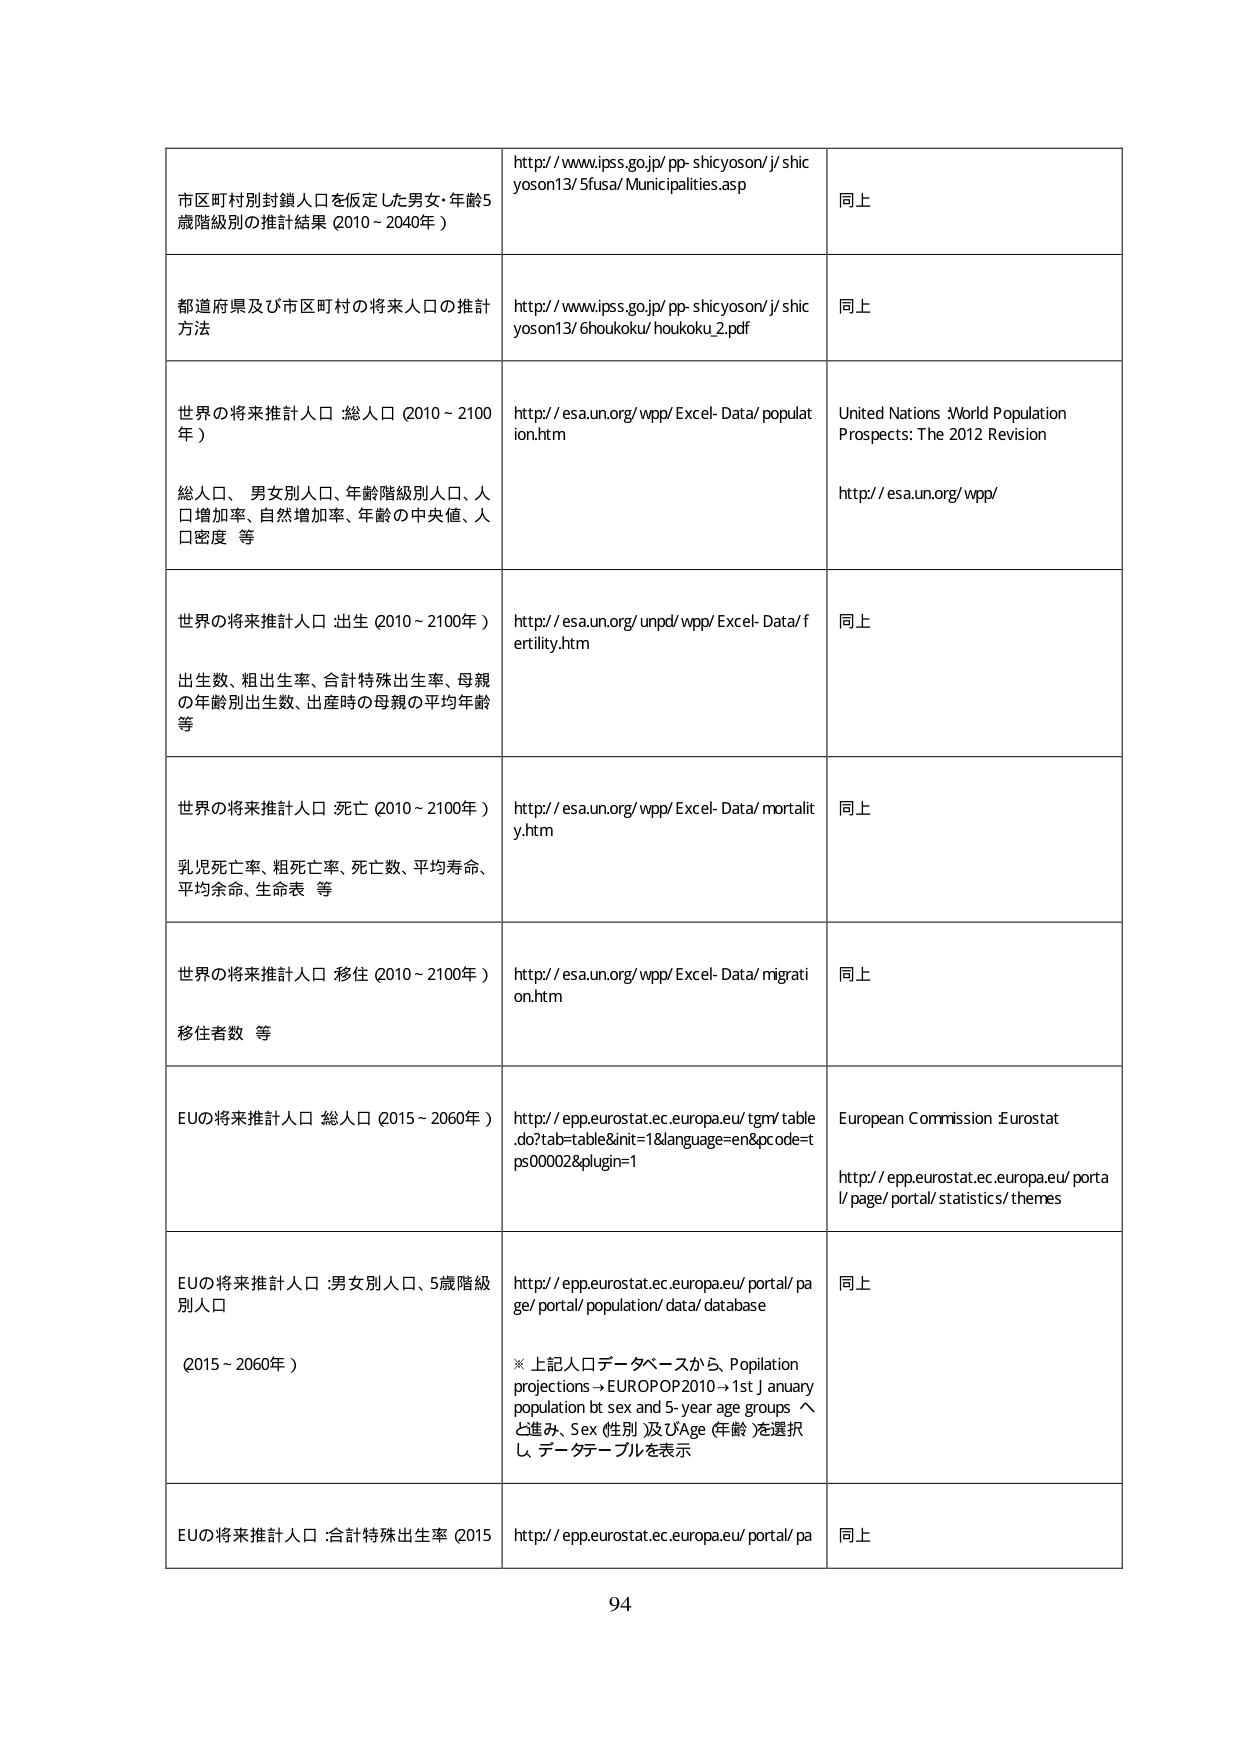
市区町村別封鎖人口を仮定した男女・年齢5歳階級別の推計結果（2010～2040年）

http://www.ipss.go.jp/pp-shicyoson/j/shicyoson13/5fusa/Municipalities.asp

同上

都道府県及び市区町村の将来人口の推計方法

http://www.ipss.go.jp/pp-shicyoson/j/shicyoson13/6houkoku/houkoku_2.pdf

同上

世界の将来推計人口 総人口（2010～2100年）

総人口、男女別人口、年齢階級別人口、人口増加率、自然増加率、年齢の中央値、人口密度 等

http://esa.un.org/wpp/Excel-Data/population.htm

United Nations World Population Prospects: The 2012 Revision

http://esa.un.org/wpp/

世界の将来推計人口 出生（2010～2100年）

出生数、粗出生率、合計特殊出生率、母親の年齢別出生数、出産時の母親の平均年齢等

http://esa.un.org/unpd/wpp/Excel-Data/fertility.htm

同上

世界の将来推計人口 死亡（2010～2100年）

乳児死亡率、粗死亡率、死亡数、平均寿命、平均余命、生命表 等

http://esa.un.org/wpp/Excel-Data/mortality.htm

同上

世界の将来推計人口 移住（2010～2100年）

移住者数 等

http://esa.un.org/wpp/Excel-Data/migration.htm

同上

EUの将来推計人口 総人口（2015～2060年）

http://epp.eurostat.ec.europa.eu/tgm/table.do?tab=table&init=1&language=en&pcode=tps00002&plugin=1

European Commission Eurostat

http://epp.eurostat.ec.europa.eu/portal/page/portal/statistics/themes

EUの将来推計人口：男女別人口、5歳階級別人口（2015～2060年）

http://epp.eurostat.ec.europa.eu/portal/page/portal/population/data/database

※ 上記人口データベースから、Population projections → EUROPOP2010 → 1st January population by sex and 5-year age groups へと進み、Sex（性別）及びAge（年齢）を選択し、データテーブルを表示

同上

EUの将来推計人口：合計特殊出生率（2015

http://epp.eurostat.ec.europa.eu/portal/pa

同上

94